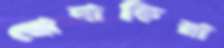
জোনাকিরা